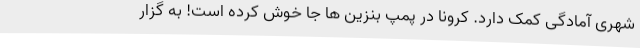
شهری آمادگی کمک دارد. کرونا در پمپ بنزین ها جا خوش کرده است! به گزار